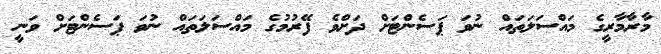
މާރާމާރީގެ މައްސަލަތައް ނުވަ ޕަސެންޓަށް ދަށްވެ ފޭރުމުގެ މައްސަލަތައް ނުވަ ޕަސެންޓަށް ވަނީ